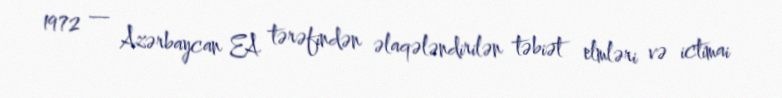
1972 — Azərbaycan EA tərəfindən əlaqələndirilən təbiət elmləri və ictimai